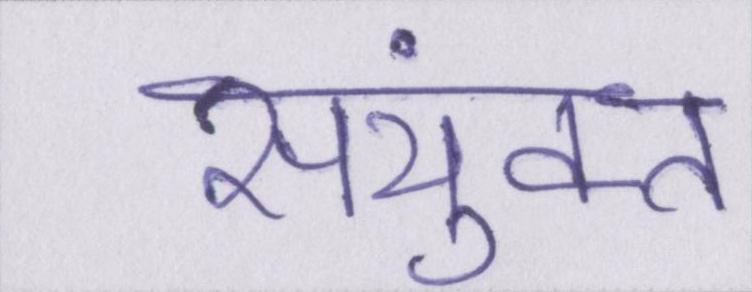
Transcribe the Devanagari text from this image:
संयुक्त